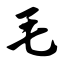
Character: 毛